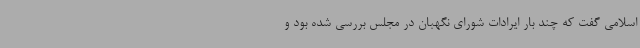
اسلامی گفت که چند بار ایرادات شورای نگهبان در مجلس بررسی شده بود و